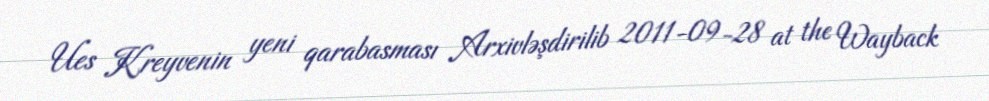
Ues Kreyvenin yeni qarabasması Arxivləşdirilib 2011-09-28 at the Wayback